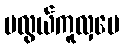
မလွယ်ကူလှပေ